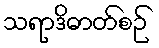
သရာဒိဓာတ်စဉ်